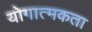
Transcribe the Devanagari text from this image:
योगात्मकता